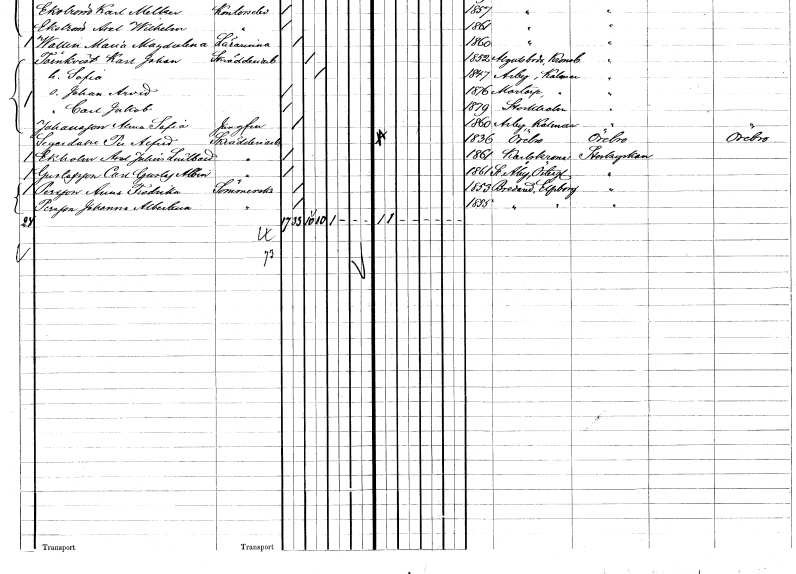
gt_parse: households: individuals: FN: Per Alfred
EN: Segerdahl
YRKE: Skrädderiarbetare
KON: M
CIV: O
FODAR: 1836
FODFORS: Örebro Örebro län
FN: Axel Johan
EN: Ekholm Lindblad
YRKE: Skrädderiarbetare
KON: M
CIV: O
FODAR: 1861
FODFORS: Karlskrona Blekinge län
FN: Carl Gustaf Albin
EN: Gustafsson
YRKE: Skrädderiarbetare
KON: M
CIV: O
FODAR: 1861
FODFORS: Stora Åby Östergötlands län
FN: Anna Fredrika
EN: Persson
YRKE: Sömmerska
KON: K
CIV: O
FODAR: 1853
FODFORS: Bredared Älvsborgs län
FN: Johanna Albertina
EN: Persson
YRKE: Sömmerska
KON: K
CIV: O
FODAR: 1855
FODFORS: Bredared Älvsborgs län